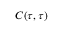
C ( \tau , \tau )